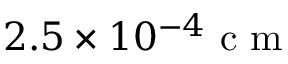
2 . 5 \times 1 0 ^ { - 4 } \mathrm { ~ c ~ m ~ }